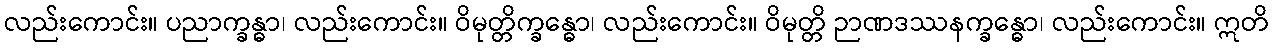
လည်းကောင်း။ ပညာက္ခန္ဓာ၊ လည်းကောင်း။ ဝိမုတ္တိက္ခန္ဓော၊ လည်းကောင်း။ ဝိမုတ္တိ ဉာဏဒဿနက္ခန္ဓော၊ လည်းကောင်း။ ဣတိ